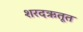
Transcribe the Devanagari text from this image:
शरदऋतूत